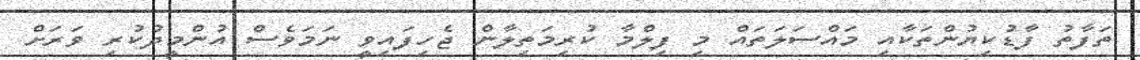
ތަފާތު ފާޑުކިޔުންތަކާއި މައްސަލަތައް މި ފިލްމާ ކުރިމަތިލާން ޖެހިފައިވީ ނަމަވެސް އުންމީދުކުރި ވަރަށް